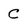
Character: C